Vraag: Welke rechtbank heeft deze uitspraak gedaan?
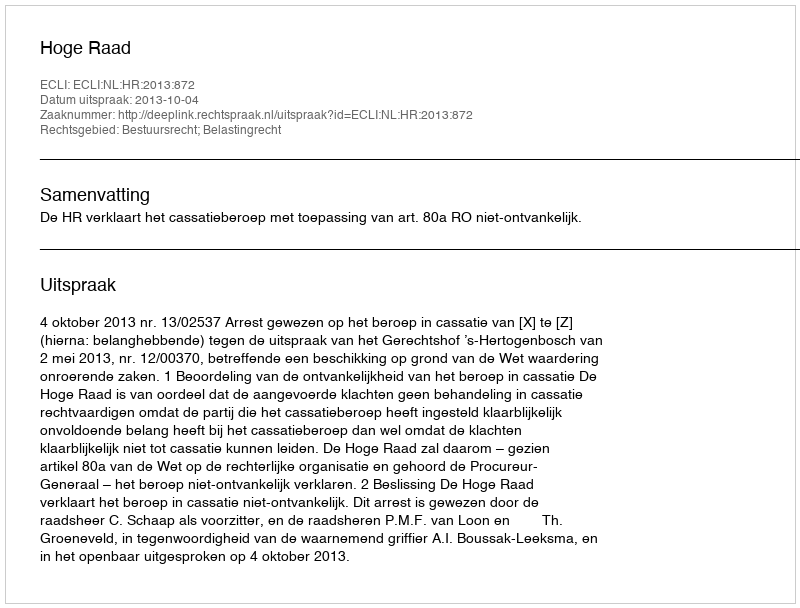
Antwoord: Hoge Raad